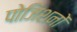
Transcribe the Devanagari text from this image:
पोजिशनों